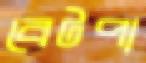
বেটপা